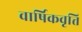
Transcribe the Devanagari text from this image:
वार्षिकवृत्ति